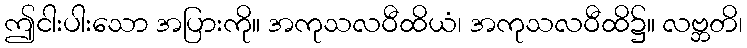
ဤငါးပါးသော အပြားကို။ အကုသလဝီထိယံ၊ အကုသလဝီထိ၌။ လဗ္ဘတိ၊